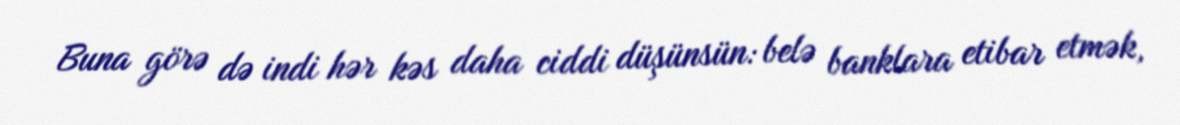
Buna görə də indi hər kəs daha ciddi düşünsün: belə banklara etibar etmək,